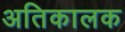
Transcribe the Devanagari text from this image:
अतिकालक